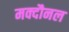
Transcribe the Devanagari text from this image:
मक्दौनल